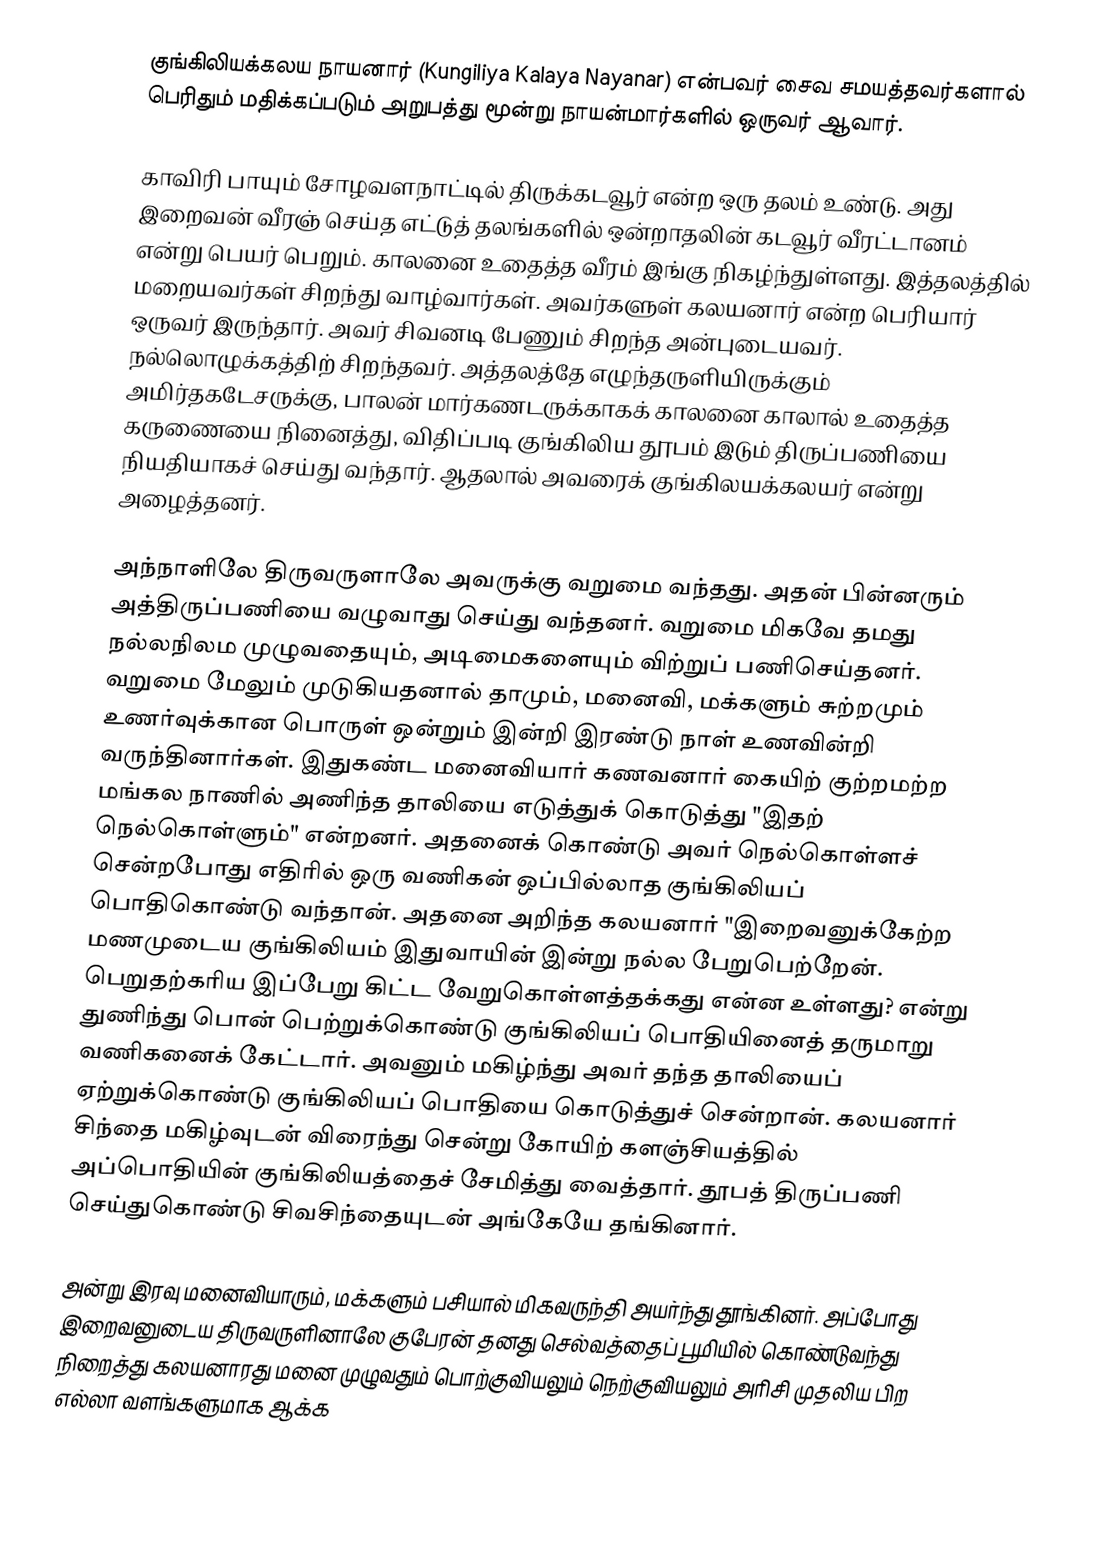
குங்கிலியக்கலய நாயனார் (Kungiliya Kalaya Nayanar) என்பவர் சைவ சமயத்தவர்களால் பெரிதும் மதிக்கப்படும் அறுபத்து மூன்று நாயன்மார்களில் ஒருவர் ஆவார்.

காவிரி பாயும் சோழவளநாட்டில் திருக்கடவூர் என்ற ஒரு தலம் உண்டு. அது இறைவன் வீரஞ் செய்த எட்டுத் தலங்களில் ஒன்றாதலின் கடவூர் வீரட்டானம் என்று பெயர் பெறும். காலனை உதைத்த வீரம் இங்கு நிகழ்ந்துள்ளது. இத்தலத்தில் மறையவர்கள் சிறந்து வாழ்வார்கள். அவர்களுள் கலயனார் என்ற பெரியார் ஒருவர் இருந்தார். அவர் சிவனடி பேணும் சிறந்த அன்புடையவர். நல்லொழுக்கத்திற் சிறந்தவர். அத்தலத்தே எழுந்தருளியிருக்கும் அமிர்தகடேசருக்கு, பாலன் மார்கணடருக்காகக் காலனை காலால் உதைத்த கருணையை நினைத்து, விதிப்படி குங்கிலிய தூபம் இடும் திருப்பணியை நியதியாகச் செய்து வந்தார். ஆதலால் அவரைக் குங்கிலயக்கலயர் என்று அழைத்தனர்.

அந்நாளிலே திருவருளாலே அவருக்கு வறுமை வந்தது. அதன் பின்னரும் அத்திருப்பணியை வழுவாது செய்து வந்தனர். வறுமை மிகவே தமது நல்லநிலம முழுவதையும், அடிமைகளையும் விற்றுப் பணிசெய்தனர். வறுமை மேலும் முடுகியதனால் தாமும், மனைவி, மக்களும் சுற்றமும் உணர்வுக்கான பொருள் ஒன்றும் இன்றி இரண்டு நாள் உணவின்றி வருந்தினார்கள். இதுகண்ட மனைவியார் கணவனார் கையிற் குற்றமற்ற மங்கல நாணில் அணிந்த தாலியை எடுத்துக் கொடுத்து "இதற் நெல்கொள்ளும்" என்றனர். அதனைக் கொண்டு அவர் நெல்கொள்ளச் சென்றபோது எதிரில் ஒரு வணிகன் ஒப்பில்லாத குங்கிலியப் பொதிகொண்டு வந்தான். அதனை அறிந்த கலயனார் "இறைவனுக்கேற்ற மணமுடைய  குங்கிலியம் இதுவாயின் இன்று நல்ல பேறுபெற்றேன். பெறுதற்கரிய இப்பேறு கிட்ட வேறுகொள்ளத்தக்கது என்ன உள்ளது? என்று துணிந்து பொன் பெற்றுக்கொண்டு குங்கிலியப் பொதியினைத் தருமாறு வணிகனைக் கேட்டார். அவனும் மகிழ்ந்து அவர் தந்த தாலியைப் ஏற்றுக்கொண்டு குங்கிலியப் பொதியை  கொடுத்துச் சென்றான். கலயனார் சிந்தை மகிழ்வுடன் விரைந்து சென்று கோயிற் களஞ்சியத்தில் அப்பொதியின் குங்கிலியத்தைச் சேமித்து வைத்தார். தூபத் திருப்பணி செய்துகொண்டு சிவசிந்தையுடன் அங்கேயே தங்கினார்.

அன்று இரவு மனைவியாரும், மக்களும் பசியால் மிகவருந்தி அயர்ந்து தூங்கினர். அப்போது இறைவனுடைய திருவருளினாலே குபேரன் தனது செல்வத்தைப் பூமியில் கொண்டுவந்து நிறைத்து கலயனாரது மனை முழுவதும் பொற்குவியலும் நெற்குவியலும் அரிசி முதலிய பிற எல்லா வளங்களுமாக ஆக்க